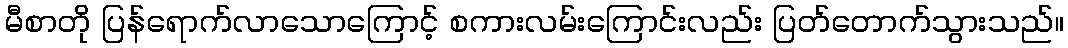
မီစာတို ပြန်ရောက်လာသောကြောင့် စကားလမ်းကြောင်းလည်း ပြတ်တောက်သွားသည်။